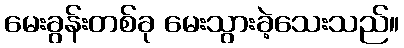
မေးခွန်းတစ်ခု မေးသွားခဲ့သေးသည်။